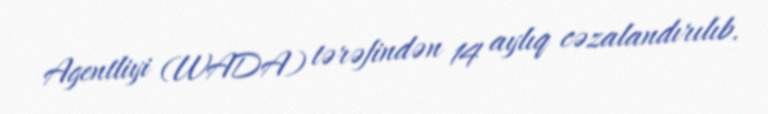
Agentliyi (WADA) tərəfindən 14 aylıq cəzalandırılıb.